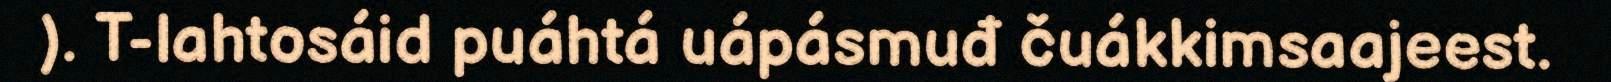
). T-lahtosáid puáhtá uápásmuđ čuákkimsaajeest.